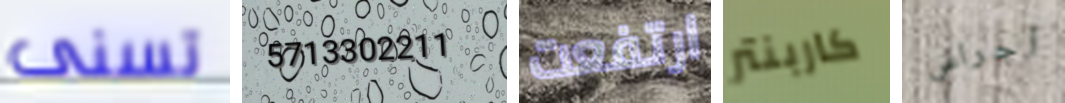
تسنى 5713302211 ارتفعت كاربنتر أجراس